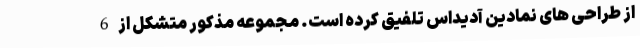
از طراحی های نمادین آدیداس تلفیق کرده است. مجموعه مذکور متشکل از 6